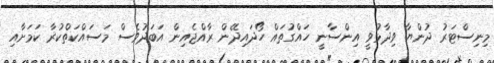
މިނިސްޓަރު ދުންޔާ ވިދާޅުވީ އިންސާނީ ހައްގުތައް ހޯދައިދޭން ރާއްޖެއިން އަބަދުވެސް މަސައްކަތްކުރާ ކަމަށާއި